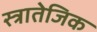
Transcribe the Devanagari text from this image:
स्त्रातेजिक